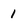
Character: 1